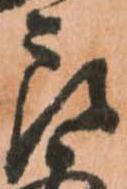
郎